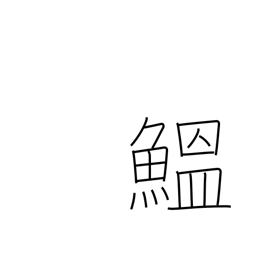
Meaning: sardine